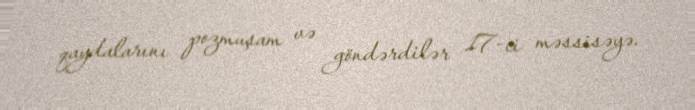
qaydalarını pozmuşam və göndərdilər 17-ci məssisəyə.